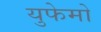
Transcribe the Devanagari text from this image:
युफेमो